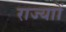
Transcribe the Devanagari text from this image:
राज्याों